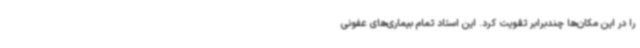
را در این مکان‌ها چندبرابر تقویت کرد. این استاد تمام بیماری‌های عفونی